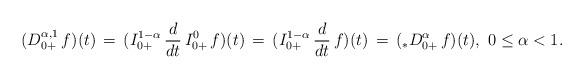
LaTeX: \begin{align*}(D^{\alpha,1}_{0+}\, f)(t) \, = \, (I_{0+}^{1-\alpha}\, \frac{d}{dt}\, I_{0+}^{0}\, f)(t)\, = \, (I_{0+}^{1-\alpha}\, \frac{d}{dt}\, f)(t)\, = \,( _*D^\alpha_{0+}\, f)(t),\ 0 \le \alpha < 1.\end{align*}